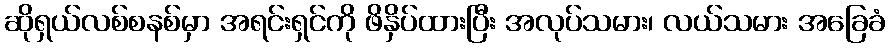
ဆိုရှယ်လစ်စနစ်မှာ အရင်းရှင်ကို ဖိနှိပ်ထားပြီး အလုပ်သမား၊ လယ်သမား အခြေခံ